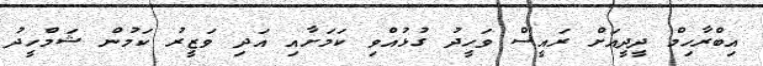
އިބްރާހިމް ދީދީއަށް ރައީސް ވަހީދު ގުޅުއްވި ކަމަށާއި އަދި ވަޒީރު ކަމުން ޝަމްހީދު